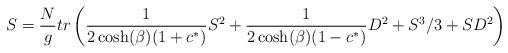
LaTeX: \begin{align*}S = { N \over g} tr \left( {1 \over 2 \cosh (\beta) (1 + c^*)} S^2 + { 1 \over2 \cosh( \beta) ( 1 - c^*)} D^2+ S^3 / 3 + S D^2 \right)\end{align*}